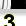
Digit: 3